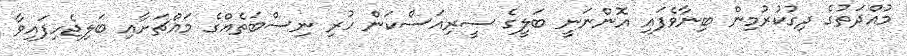
މުއްދަތުގެ ދިގުކުރުމިން ބިނާވެފައި އޮންނަނީ ބަލީގެ ސީރިއަސްކަން ހުރި ނިސްބަތެއްގެ މައްޗަށާއި ބަލިޖެހިފައިވާ